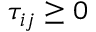
\tau _ { i j } \geq 0